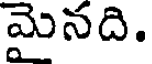
మైనది.